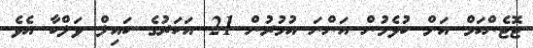
ޓޮޓެންހަމް އަށް ކުޅެމުން އަންނަ އުމުރުން 21 އަހަރުގެ ކައިލް ވަލްކާ އެވެ.